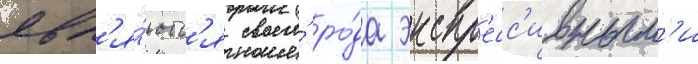
явл'я́ютс'я своего́ ро́да экспр'есс'ивным'и